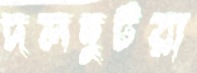
দলছুটরা